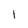
Character: l